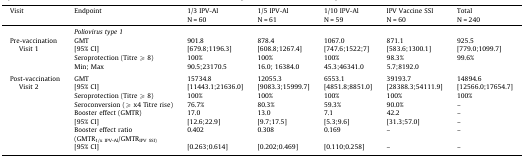
<table><thead><tr><td><b>Visit</b></td><td><b>Endpoint</b></td><td><b>1/3 IPV-AlN = 60</b></td><td><b>1/5 IPV-AlN = 61</b></td><td><b>1/10 IPV-AlN = 59</b></td><td><b>IPV Vaccine SSIN = 60</b></td><td><b>TotalN = 240</b></td></tr></thead><tbody><tr><td></td><td colspan="6"><i>Poliovirus type 1</i></td></tr><tr><td rowspan="4">Pre-vaccination Visit 1</td><td>GMT</td><td>901.8</td><td>878.4</td><td>1067.0</td><td>871.1</td><td>925.5</td></tr><tr><td>[95% CI]</td><td>[679.8;1196.3]</td><td>[608.8;1267.4]</td><td>[747.6;1522;7]</td><td>[583.6;1300.1]</td><td>[779.0;1099.7]</td></tr><tr><td>Seroprotection (Titre ⩾ 8)</td><td>100%</td><td>100%</td><td>100%</td><td>98.3%</td><td>99.6%</td></tr><tr><td>Min; Max</td><td>90.5;23170.5</td><td>16.0; 16384.0</td><td>45.3;46341.0</td><td>5.7;8192.0</td><td></td></tr><tr><td colspan="7">  </td></tr><tr><td rowspan="8">Post-vaccination Visit 2</td><td>GMT</td><td>15734.8</td><td>12055.3</td><td>6553.1</td><td>39193.7</td><td>14894.6</td></tr><tr><td>[95% CI]</td><td>[11443.1;21636.0]</td><td>[9083.3;15999.7]</td><td>[4851.8;8851.0]</td><td>[28388.3;54111.9]</td><td>[12566.0;17654.7]</td></tr><tr><td>Seroprotection (Titre ⩾ 8)</td><td>100%</td><td>100%</td><td>100%</td><td>100%</td><td>100%</td></tr><tr><td>Seroconversion (⩾ x4 Titre rise)</td><td>76.7%</td><td>80.3%</td><td>59.3%</td><td>90.0%</td><td>–</td></tr><tr><td>Booster effect (GMTR)</td><td>17.0</td><td>13.0</td><td>7.1</td><td>42.2</td><td>–</td></tr><tr><td>[95% CI]</td><td>[12.6;22.9]</td><td>[9.7;17.5]</td><td>[5.3;9.6]</td><td>[31.3;57.0]</td><td>–</td></tr><tr><td>Booster effect ratio (GMTR<sub>1/x IPV-Al</sub>/GMTR<sub>IPV SSI)</sub></td><td>0.402</td><td>0.308</td><td>0.169</td><td>–</td><td>–</td></tr><tr><td>[95% CI]</td><td>[0.263;0.614]</td><td>[0.202;0.469]</td><td>[0.110;0.258]</td><td>–</td><td>–</td></tr></tbody></table>